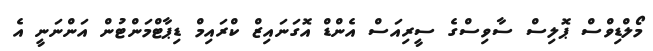
މޯލްޑިވްސް ޕޮލިސް ސާވިސްގެ ސީރިއަސް އެންޑް އޮގަނައިޒް ކްރައިމް ޑިޕާޓްމަންޓުން އަންނަނީ އެ